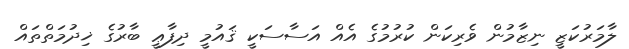
ލާމަރުކަޒީ ނިޒާމުން ވެރިކަން ކުރުމުގެ އެއް އަސާސަކީ ޤައުމީ ދިފާޢީ ބާރުގެ ޚިދުމަތްތައް